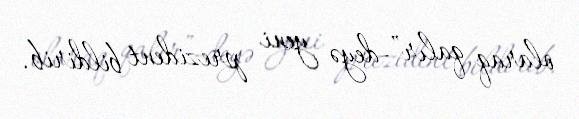
olaraq qalır”-deyə yeni prezident bildirib.